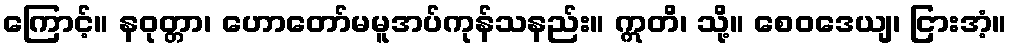
ကြောင့်။ နဝုတ္တာ၊ ဟောတော်မမူအပ်ကုန်သနည်း။ ဣတိ၊ သို့။ စေဝဒေယျ၊ ငြားအံ့။